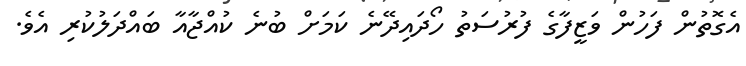
އެގޮތުން ފަހުން ވަޒީފާގެ ފުރުސަތު ހޯދައިދޭނެ ކަމަށް ބުނެ ކުއްޖާއާ ބައްދަލުކުރި އެވެ.